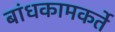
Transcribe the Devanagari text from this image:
बांधकामकर्ते